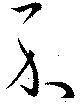
示